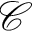
\mathcal { C }